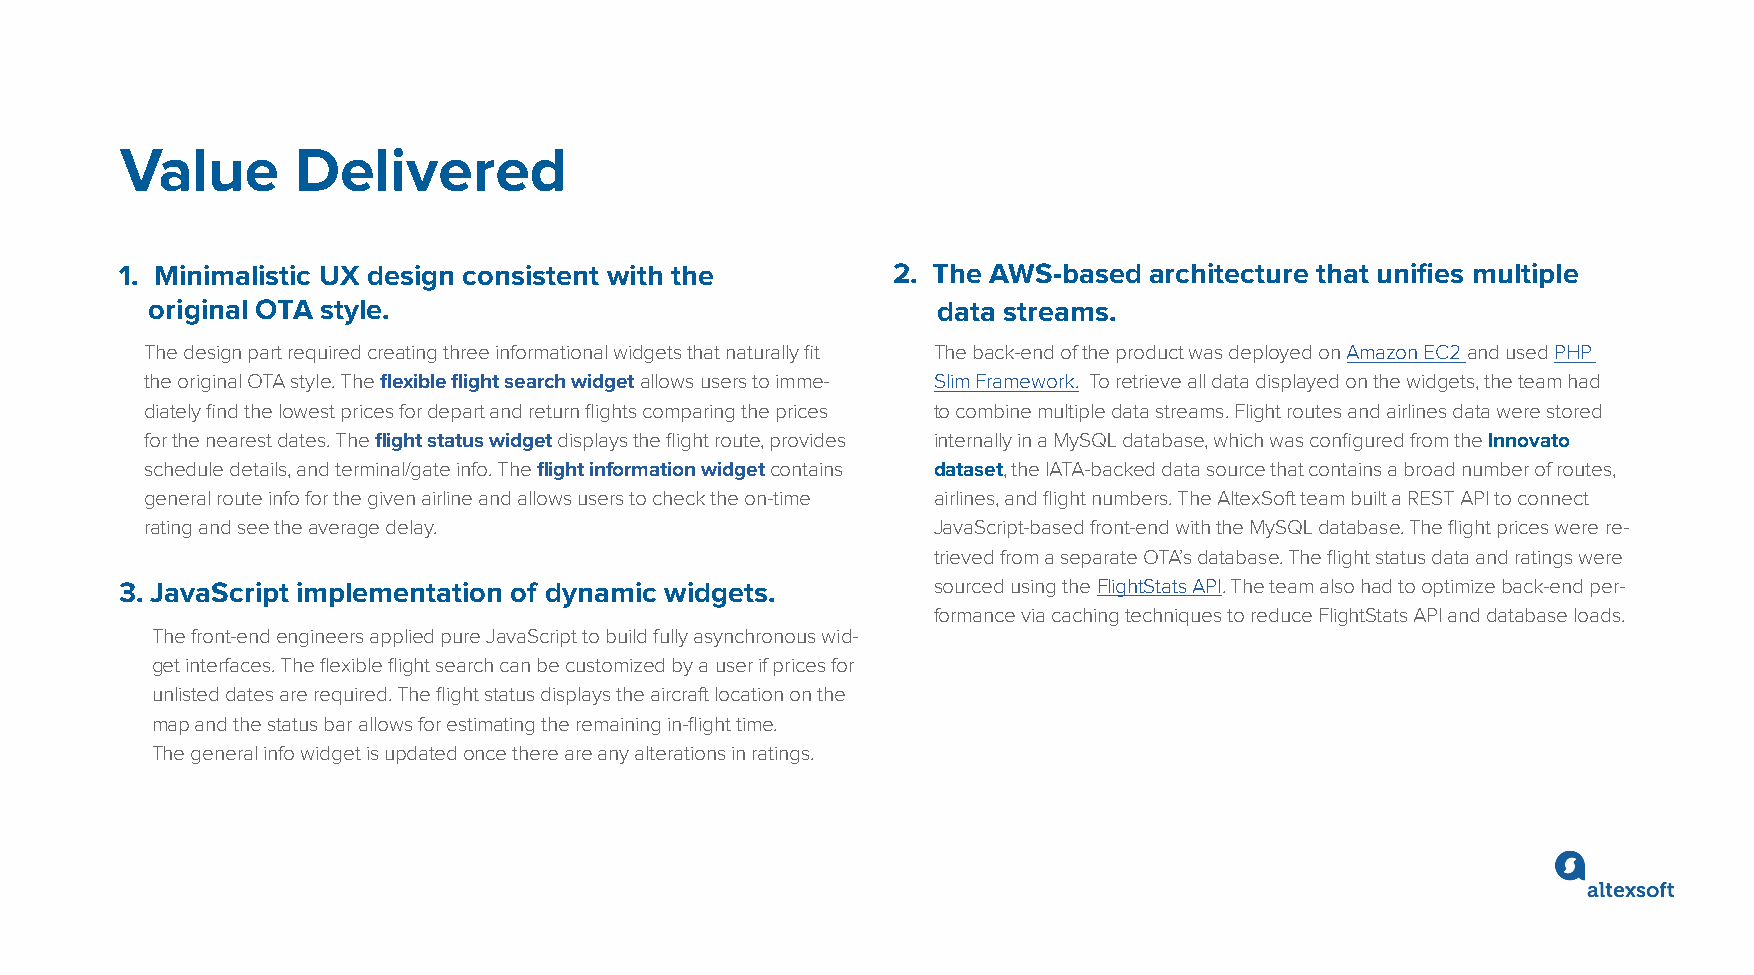
Value       Delivered
 1. Minimalistic UX design consistent with the      2. The AWS-based architecture that unifies multiple
 original OTA style.                                 data streams.
 The design part required creating three informational widgets that naturally fit The back-end of the product was deployed on Amazon EC2 and used PHP
 the original OTA style. The flexible flight search widget allows users to imme- Slim Framework. To retrieve all data displayed on the widgets, the team had
 diately find the lowest prices for depart and return flights comparing the prices to combine multiple data streams. Flight routes and airlines data were stored
 for the nearest dates. The flight status widget displays the flight route, provides internally in a MySQL database, which was configured from the Innovato
 schedule details, and terminal/gate info. The flight information widget contains dataset, the IATA-backed data source that contains a broad number of routes,
 general route info for the given airline and allows users to check the on-time airlines, and flight numbers. The AltexSoft team built a REST API to connect
 rating and see the average delay.                   JavaScript-based front-end with the MySQL database. The flight prices were re-
 trieved from a separate OTA’s database. The flight status data and ratings were
 3. JavaScript implementation of dynamic widgets.      sourced using the FlightStats API. The team also had to optimize back-end per-
 formance via caching techniques to reduce FlightStats API and database loads.
 The front-end engineers applied pure JavaScript to build fully asynchronous wid-
 get interfaces. The flexible flight search can be customized by a user if prices for
 unlisted dates are required. The flight status displays the aircraft location on the
 map and the status bar allows for estimating the remaining in-flight time.
 The general info widget is updated once there are any alterations in ratings.